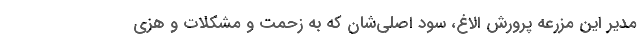
مدیر این مزرعه پرورش الاغ، سود اصلی‌شان که به زحمت و مشکلات و هزی